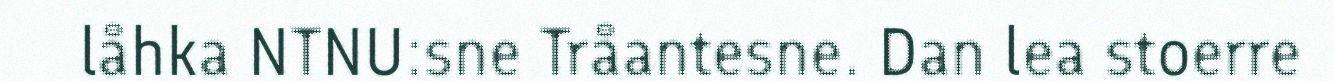
låhka NTNU:sne Tråantesne. Dan lea stoerre